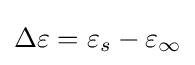
\Delta \varepsilon =\varepsilon _{s}-\varepsilon _{\infty }